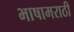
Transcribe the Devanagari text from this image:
भाषामराठी